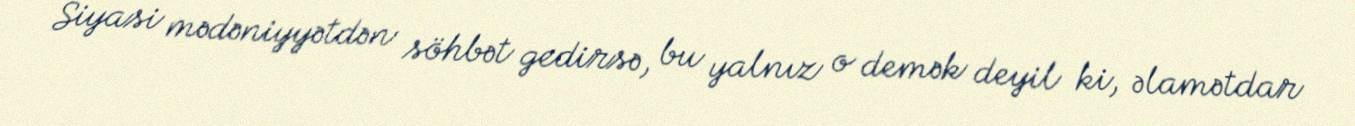
Siyasi mədəniyyətdən söhbət gedirsə, bu yalnız o demək deyil ki, əlamətdar